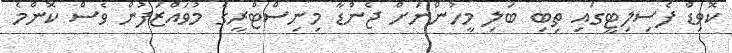
ކޮވިޑް ފެސިލިޓީގައި ތިބި ބަލި މީހުންނަށް ޖެންޑާ މިނިސްޓްރީގެ މުވައްޒަފުން ވެސް ކޮންމެ